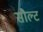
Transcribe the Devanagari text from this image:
सौल्ट